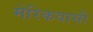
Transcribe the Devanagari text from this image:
मेरिकवासी